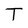
Character: T